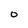
Character: 0